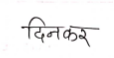
मजकूर: दिनकर